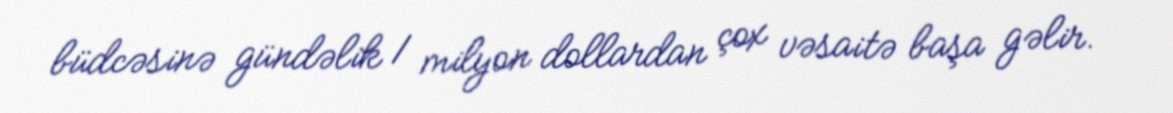
büdcəsinə gündəlik 1 milyon dollardan çox vəsaitə başa gəlir.